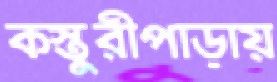
কস্তুরীপাড়ায়